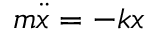
m { \ddot { x } } = - k x